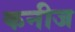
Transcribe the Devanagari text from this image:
कनीज